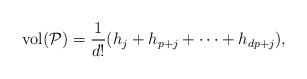
\begin{align*} \mathrm{vol}(\mathcal{P}) = \dfrac{1}{d!} (h_j + h_{p+j} + \dots + h_{dp+j}),\end{align*}